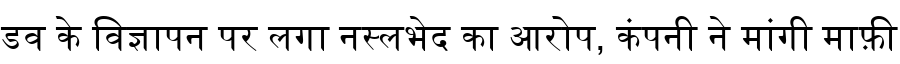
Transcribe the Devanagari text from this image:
डव के विज्ञापन पर लगा नस्लभेद का आरोप, कंपनी ने मांगी माफ़ी